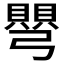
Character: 𭛋